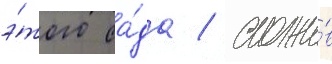
э́того са́да / сложи́в